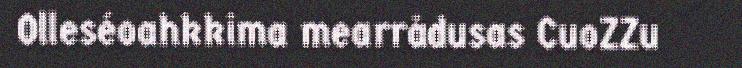
Olleséoahkkima mearrådusas CuoZZu